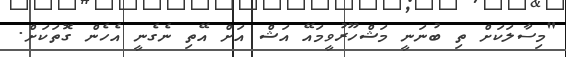
"މިސާލަކަށް ތި ބުނަނީ މަޝްހޫރުވީމައޭ އަޝް އަށް އޭތި ނެގެނީ އެހެން ގޮތަކަށް.